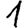
Digit: 1